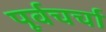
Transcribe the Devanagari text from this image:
पूर्वचर्चा